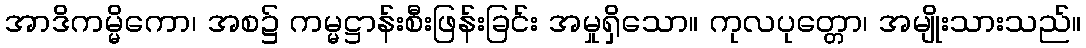
အာဒိကမ္မိကော၊ အစ၌ ကမ္မဋ္ဌာန်းစီးဖြန်းခြင်း အမှုရှိသော။ ကုလပုတ္တော၊ အမျိုးသားသည်။